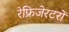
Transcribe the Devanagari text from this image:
रेफ्रिजेरटरों